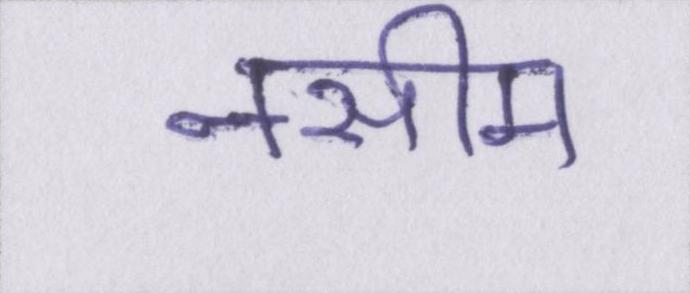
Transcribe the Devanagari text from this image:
नसीम